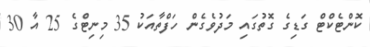
ކޮންޓެކްޓް ގަޑިގެ ގޮތުގައި މަދުވެގެން ހަފްތާއަކު 35 މިނިޓްގެ 25 އާ 30